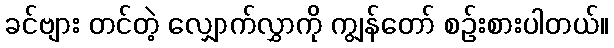
ခင်ဗျား တင်တဲ့ လျှောက်လွှာကို ကျွန်တော် စဉ်းစားပါတယ်။